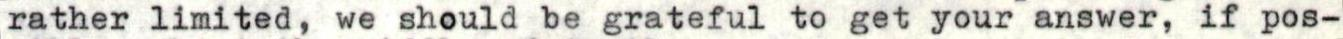
rather limited, we should be grateful to get your answer, if pos-